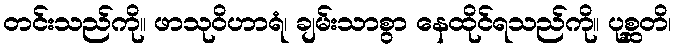
တင်းသည်ကို။ ဖာသုဝိဟာရံ၊ ချမ်းသာစွာ နေထိုင်ရသည်ကို။ ပုစ္ဆတိ၊